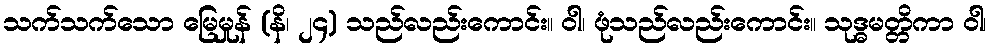
သက်သက်သော မြေမှုန် (နိ၊ ၂၄) သည်လည်းကောင်း။ ဝါ၊ ဖုံသည်လည်းကောင်း။ သုဒ္ဓမတ္တိကာ ဝါ၊